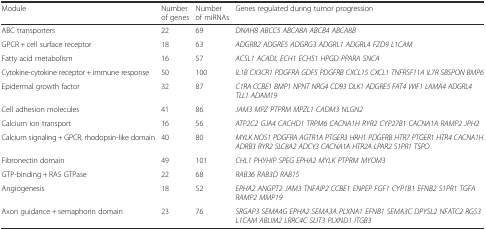
| Module | Number of genes | Number of miRNAs | Genes regulated during tumor progression |
 | --- | --- | --- | --- |
 | ABC transporters | 22 | 69 | DNAH8 ABCC5 ABCA8A ABCB4 ABCA8B |
 | GPCR + cell surface receptor | 18 | 63 | ADGRB2 ADGRE5 ADGRG3 ADGRL1 ADGRL4 FZD9 L1CAM |
 | Fatty acid metabolism | 16 | 57 | ACSL1 ACADL ECH1 ECHS1 HPGD PPARA SNCA |
 | Cytokine-cytokine receptor + immune response | 50 | 100 | IL1B CX3CR1 PDGFRA GDF5 PDGFRB CXCL15 CXCL1 TNFRSF11A IL7R SBSPON BMP6 |
 | Epidermal growth factor | 32 | 87 | C1RA CCBE1 BMP1 NPNT NRG4 CD93 DLK1 ADGRE5 FAT4 WIF1 LAMA4 ADGRL4 TLL1 ADAM19 |
 | Cell adhesion molecules | 41 | 86 | JAM3 MPZ PTPRM MPZL1 CADM3 NLGN2 |
 | Calcium ion transport | 16 | 56 | ATP2C2 GJA4 CACHD1 TRPM6 CACNA1H RYR2 CYP27B1 CACNA1A RAMP2 JPH2 |
 | Calcium signaling + GPCR, rhodopsin-like domain | 40 | 80 | MYLK NOS1 PDGFRA AGTR1A PTGER3 HRH1 PDGFRB HTR7 PTGER1 HTR4 CACNA1H ADRB3 RYR2 SLC8A2 ADCY3 CACNA1A HTR2A LPAR2 S1PR1 TSPO |
 | Fibronectin domain | 49 | 101 | CHL1 PHYHIP SPEG EPHA2 MYLK PTPRM MYOM3 |
 | GTP-binding + RAS GTPase | 22 | 68 | RAB36 RAB3D RAB15 |
 | Angiogenesis | 18 | 52 | EPHA2 ANGPT2 JAM3 TNFAIP2 CCBE1 ENPEP FGF1 CYP1B1 EFNB2 S1PR1 TGFA RAMP2 MMP19 |
 | Axon guidance + semaphorin domain | 23 | 76 | SRGAP3 SEMA4G EPHA2 SEMA3A PLXNA1 EFNB1 SEMA3C DPYSL2 NFATC2 RGS3 L1CAM ABLIM2 LRRC4C SLIT3 PLXND1 ITGB3 |